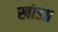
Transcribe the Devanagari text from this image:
खोड॥